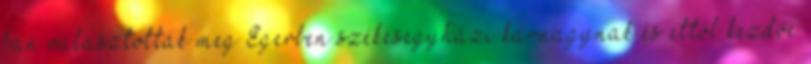
ban választották meg Egerben székesegyházi karnagynak és ettől kezdve